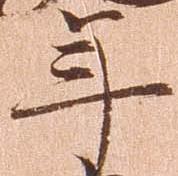
年